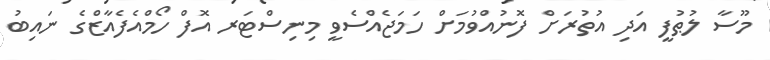
މޫސާ ލުޠުފީ އަދި އުތުރަށް ފޮނުއްވުމަށް ހަމަޖެއްސެވީ މިނިސްޓަރ އޮފް ހޯމްއެފެއާޒްގެ ނައިބު